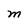
Character: M